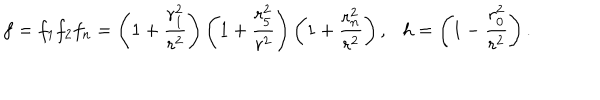
f = f _ { 1 } f _ { 2 } f _ { n } = \left( 1 + { \frac { r _ { 1 } ^ { 2 } } { r ^ { 2 } } } \right) \left( 1 + { \frac { r _ { 5 } ^ { 2 } } { r ^ { 2 } } } \right) \left( 1 + { \frac { r _ { n } ^ { 2 } } { r ^ { 2 } } } \right) , h = \left( 1 - { \frac { r _ { 0 } ^ { 2 } } { r ^ { 2 } } } \right) .